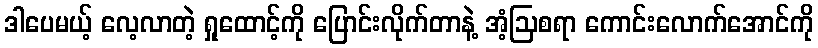
ဒါပေမယ့် လေ့လာတဲ့ ရှုထောင့်ကို ပြောင်းလိုက်တာနဲ့ အံ့ဩစရာ ကောင်းလောက်အောင်ကို